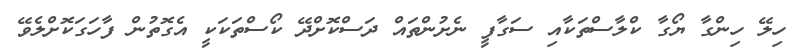
ހިލޭ ހިންގާ ޔޯގާ ކްލާސްތަކާއި ސަގާފީ ނެށުންތައް ދަސްކޮށްދޭ ކޯސްތަކަކީ އެގޮތުން ފާހަގަކޮށްލެވޭ